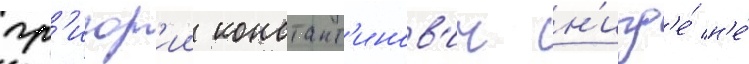
гр'игор'ии констант'инов'ич н'игд'е́ н'е́